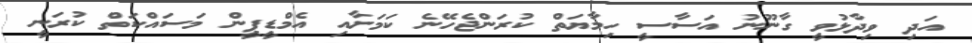
އަދި ވިދާޅުވީ ގާނޫނު އަސާސީ ހިމާޔަތް ކުރަންޖެހޭނެ ކަމަށާއި އެމްޑީޕީން މަސައްކަތް ކުރަނީ